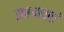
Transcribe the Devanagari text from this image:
सप्तधाराएं